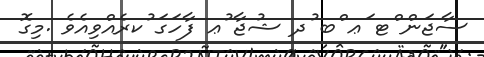
ސާޖަން ްޓ ަޢ ްބ ުދ ޝުޖާ ުޢ ފާހަގަ ުކރެއްވިއެވެ .މިގޮ